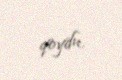
qoydu.